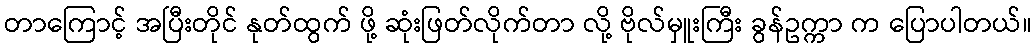
တာကြောင့် အပြီးတိုင် နုတ်ထွက် ဖို့ ဆုံးဖြတ်လိုက်တာ လို့ ဗိုလ်မှူးကြီး ခွန်ဥက္ကာ က ပြောပါတယ်။